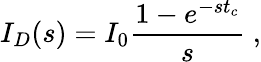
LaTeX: I_{D}(s)=I_{0}\frac{1-e^{-st_{c}}}{s}~,